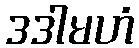
ဒဒါမဟံ